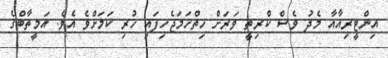
އިންޓީރިއާއާ މެދު ވެސް ކްރިތީ ވަރަށް ހިތްހަމަޖެހިފައި ހުރި ކަމަށްވެ އެވެ. އަމީތާބްގެ